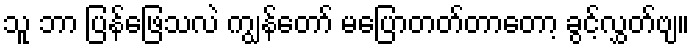
သူ ဘာ ပြန်ဖြေသလဲ ကျွန်တော် မပြောတတ်တာတော့ ခွင့်လွှတ်ဗျ။